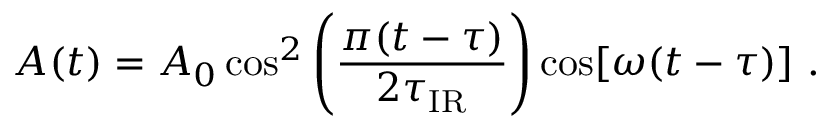
A ( t ) = A _ { 0 } \cos ^ { 2 } \left( { \frac { \pi ( t - \tau ) } { 2 \tau _ { \mathrm { I R } } } } \right) \cos [ \omega ( t - \tau ) ] \ .